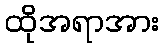
ထိုအရာအား